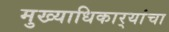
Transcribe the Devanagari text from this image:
मुख्याधिकार्‍यांचा